Lunatic asylums Central Provinces reports 1886-1894 - 1886-1894
Year: 1886
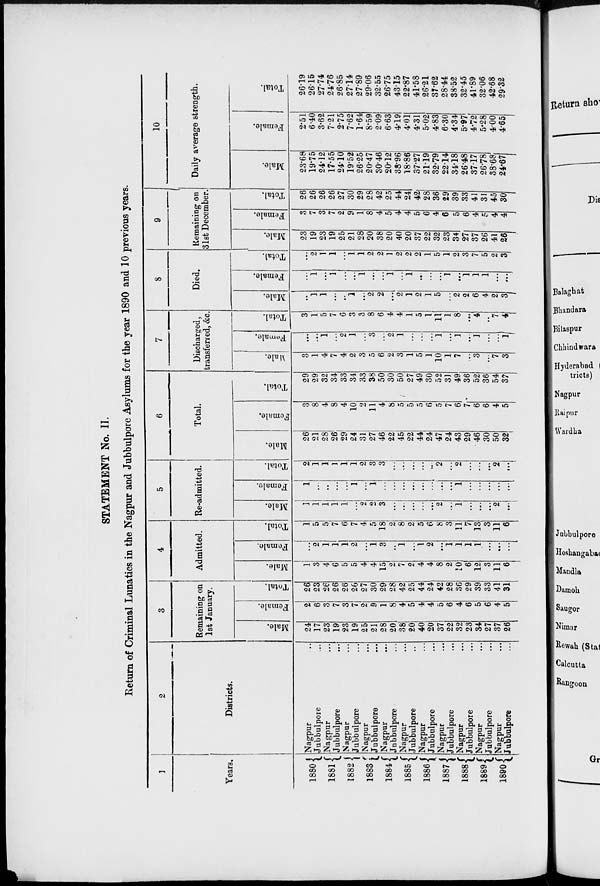
STATEMENT No. II.
Return of Criminal Lunatics in the Nagpur and Jubbulpore Asylums for the year 1890 and 10 previous years.
1
Years.
1880
1881
1882
1883
1884
1885
1886
1887
1888
1889
1890
2
Districts.
Nagpur ...
Jubbulpore ...
Nagpur ...
Jubbulpore ...
Nagpur ...
Jubbulpore ...
Nagpur ...
Jubbulpore ...
Nagpur ...
Jnbbulpore ...
Nagpur ...
Jubbulpore ...
Nagpur ...
Jubbulpore ...
Nagpur ...
Jubbulpore ...
Nagpur ...
Jubbulpore ...
Nagpur ...
Jubbulpore ...
Nagpur ...
Jubbulpore ...
3
Remaining on
1st January.
Male.
24
17
23
19
23
19
25
21
28
20
38
20
40
20
37
22
32
23
34
27
37
26
Female.
2
6
3
7
3
7
2
9
1
8
4
5
4
4
5
6
4
6
5
6
4
5
Total.
26
23
26
26
26
26
27
30
29
28
42
25
44
24
42
28
36
29
39
33
41
31
4
Admitted.
Male.
1
3
4
6
5
5
4
4
15
2
7
2
4
4
8
2
10
6
12
3
11
6
Female.
...
2
1
1
1
2
...
1
3
...
1
...
1
2
...
1
1
1
1
...
...
...
Total.
1
5
5
7
6
7
4
5
18
2
8
2
5
6
8
3
11
7
13
3
11
6
5
Re-admitted.
Male.
1
1
1
1
1
...
2
2
3
...
...
...
...
...
2
...
1
...
...
...
2
...
Female.
1
...
...
...
...
1
...
1
...
...
...
...
...
...
...
...
1
...
...
...
...
...
Total.
2
1
1
1
1
1
2
3
3
...
...
...
...
...
2
...
2
...
...
...
2
...
6
Total.
Male.
26
21
28
26
29
24
31
27
46
22
45
22
44
24
47
24
43
29
46
30
50
32
Female.
3
8
4
8
4
10
2
11
4
8
5
5
5
6
5
7
6
7
6
6
4
5
Total.
29
29
32
34
33
34
33
38
50
30
50
27
49
30
52
31
49
36
52
36
54
37
7
Discharged,
transferred, &c.
Male.
3
1
4
7
4
2
3
5
6
2
3
1
5
1
10
1
7
...
3
...
7
3
Female.
...
...
1
...
2
1
...
3
...
2
1
...
...
...
1
...
1
...
1
...
...
1
Total.
3
1
5
7
6
3
3
8
6
4
4
1
5
1
11
1
8
...
4
...
7
4
8
Died.
Male.
...
1
1
...
...
1
...
2
2
...
2
1
2
1
5
...
2
2
6
4
2
3
Female.
...
1
...
1
...
...
1
...
...
1
...
1
...
...
...
1
...
1
1
1
...
...
Total.
...
2
1
1
...
1
1
2
2
1
2
2
2
1
5
1
2
3
7
5
2
3
9
Remaining on
31st December
Male.
23
19
23
19
25
21
28
20
38
20
40
20
37
22
32
23
34
27
37
26
41
26
Female.
3
7
3
7
2
9
1
8
4
5
4
4
5
6
4
6
5
6
4
5
4
4
Total.
26
26
26
26
27
30
29
28
42
25
44
24
42
28
36
29
39
33
41
31
45
30
10
Daily average strength.
Male.
23.68
19.75
24.12
17.55
24.10
19.52
26.25
20.47
30.46
20.12
38.96
18.86
37.27
21.19
32.79
22.14
34.18
26.48
37.17
26.78
38.68
24.67
Female.
2.51
6.40
3.62
7.21
2.75
7.62
1.64
8.59
2.09
6.63
4.19
4.01
4.31
5.02
4.83
6.30
4.34
5.97
4.72
5.28
4.00
4.65
Total.
26.19
26.15
27.74
24.76
26.85
27.14
27.89
29.06
32.55
26.75
43.15
22.87
41.58
26.21
37.62
28.44
38.52
32.45
41.89
32.06
42.68
29.32